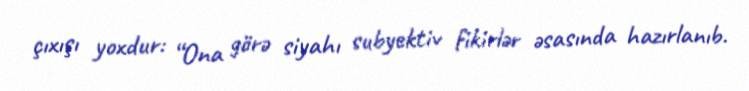
çıxışı yoxdur: “Ona görə siyahı subyektiv fikirlər əsasında hazırlanıb.